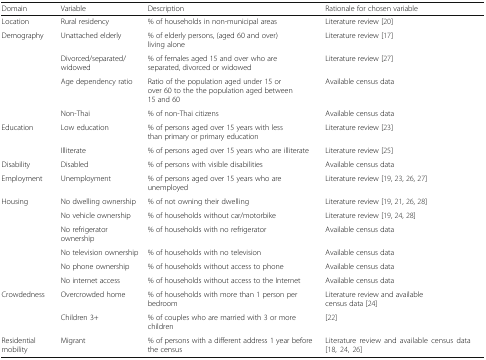
| Domain | Variable | Description | Rationale for chosen variable |
 | --- | --- | --- | --- |
 | Location | Rural residency | % of households in non-municipal areas | Literature review [20] |
 | Demography | Unattached elderly | % of elderly persons, (aged 60 and over) living alone | Literature review [17] |
 |  | Divorced/separated/widowed | % of females aged 15 and over who are separated, divorced or widowed | Literature review [27] |
 |  | Age dependency ratio | Ratio of the population aged under 15 or over 60 to the the population aged between 15 and 60 | Available census data |
 |  | Non-Thai | % of non-Thai citizens | Available census data |
 | Education | Low education | % of persons aged over 15 years with less than primary or primary education | Literature review [23] |
 |  | Illiterate | % of persons aged over 15 years who are illiterate | Literature review [25] |
 | Disability | Disabled | % of persons with visible disabilities | Available census data |
 | Employment | Unemployment | % of persons aged over 15 years who are unemployed | Literature review [19, 23, 26, 27] |
 | Housing | No dwelling ownership | % of not owning their dwelling | Literature review [19, 21, 26, 28] |
 |  | No vehicle ownership | % of households without car/motorbike | Literature review [19, 24, 28] |
 |  | No refrigerator ownership | % of households with no refrigerator | Available census data |
 |  | No television ownership | % of households with no television | Available census data |
 |  | No phone ownership | % of households without access to phone | Available census data |
 |  | No internet access | % of households without access to the Internet | Available census data |
 | Crowdedness | Overcrowded home | % of households with more than 1 person per bedroom | Literature review and available census data [24] |
 |  | Children 3+ | % of couples who are married with 3 or more children | [22] |
 | Residential mobility | Migrant | % of persons with a different address 1 year before the census | Literature review and available census data [18, 24, 26] |